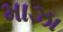
માઝા